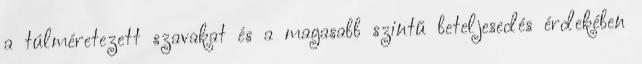
a túlméretezett szavakat és a magasabb szintű beteljesedés érdekében